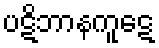
ပဋိဘာနကူဋေ